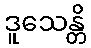
ဒူသေန္တိ